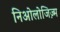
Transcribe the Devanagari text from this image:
निओलोजिज़्म